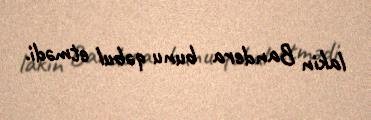
lakin Bandera bunu qəbul etmədi.